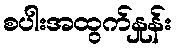
စပါးအထွက်နှုန်း